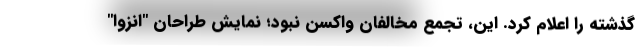
گذشته را اعلام کرد. این، تجمع مخالفان واکسن نبود؛ نمایش طراحان "انزوا"